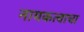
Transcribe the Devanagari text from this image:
नायकत्वाचा